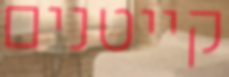
קייטנים